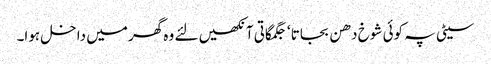
سیٹی پہ کوئی شوخ دھن بجاتا ‘ جگمگاتی آنکھیں لئے وہ گھر میں داخل ہوا۔